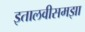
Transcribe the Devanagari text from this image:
इतालवीसमझा